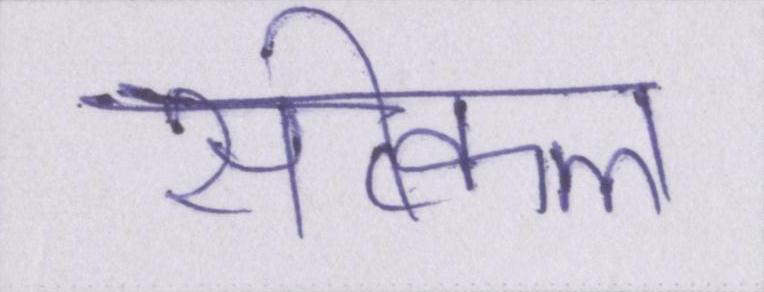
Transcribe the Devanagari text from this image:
सीक्वल